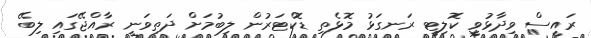
ރައީސް ވިދާޅުވީ ކޮލިޓީ ރަނގަޅު މޮޅެތި ޑޮކްޓަރުން ލިބުމަށް ދަތިވަނީ ރާއްޖޭގައި ލިބޭ